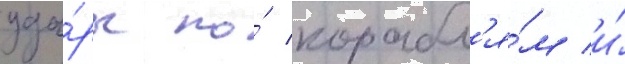
уда́ры по́ корабл'я́м и́